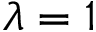
\lambda = 1